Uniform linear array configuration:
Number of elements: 32
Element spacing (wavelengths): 0.25
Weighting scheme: exponential
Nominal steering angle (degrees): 0
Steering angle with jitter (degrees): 1.753
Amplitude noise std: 0.05
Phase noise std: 0.05

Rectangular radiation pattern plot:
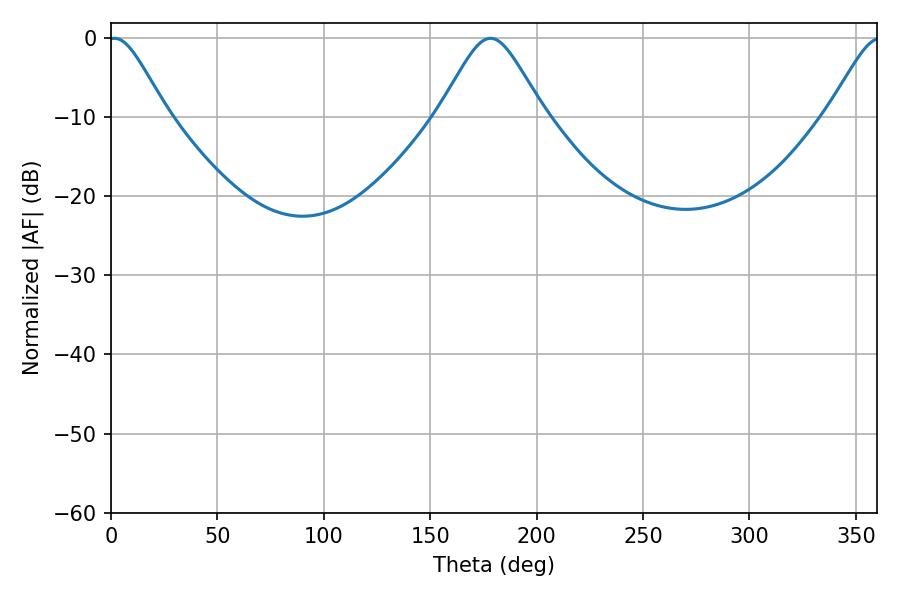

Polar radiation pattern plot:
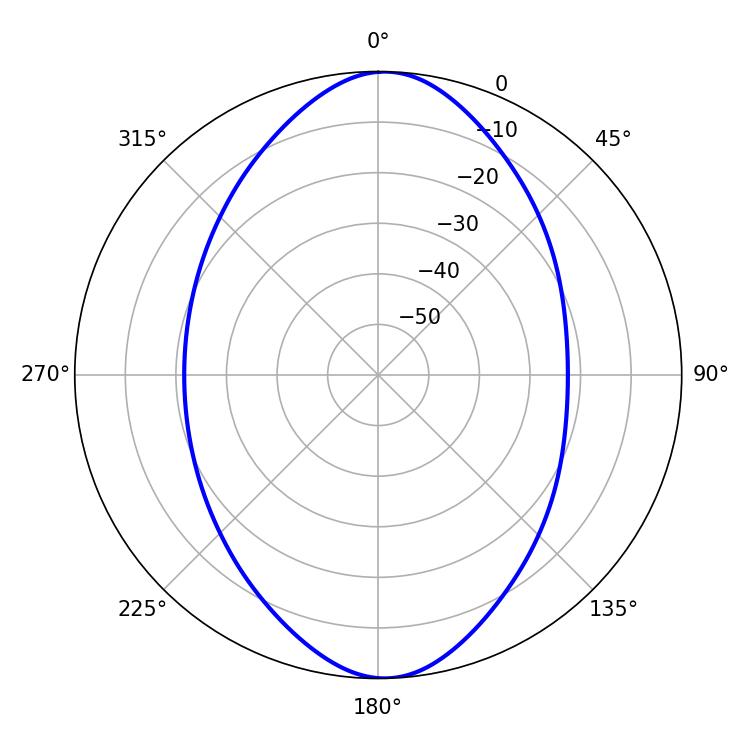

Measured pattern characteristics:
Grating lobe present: FALSE
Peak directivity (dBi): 19.473
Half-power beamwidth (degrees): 13.5
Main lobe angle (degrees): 1.62